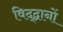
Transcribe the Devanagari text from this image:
विद्द्वानों